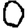
Digit: 0